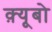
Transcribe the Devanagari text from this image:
क़्यूबो